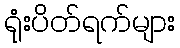
ရုံးပိတ်ရက်များ